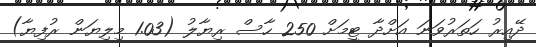
ދޭއިރު ހަތަރުވަނަ އަށްދާ ޓީމަށް 250 ހާސް ރިޔާލު (1.03 މިލިޔަން ރުފިޔާ)